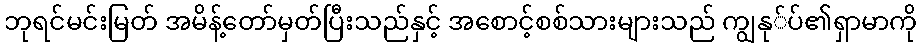
ဘုရင်မင်းမြတ် အမိန့်တော်မှတ်ပြီးသည်နှင့် အစောင့်စစ်သားများသည် ကျွနု်ပ်၏ရှာမာကို